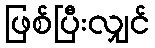
ဖြစ်ပြီးလျှင်